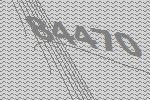
84470